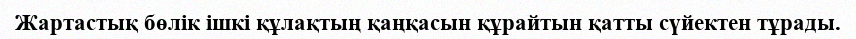
Жартастық бөлік ішкі құлақтың қаңқасын құрайтын қатты сүйектен тұрады.